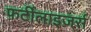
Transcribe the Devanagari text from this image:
फ़र्टीलाइज़र्स